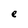
Character: e